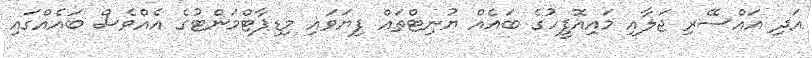
އަދި އައްސޭރި ޖަލާއި މައިއޮފީހުގެ ބައެއް ޔުނިޓްތައް ފިޔަވައި މިޑިޕާޓްމަންޓުގެ އެއްވެސް ބައެއްގައި